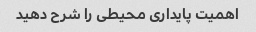
اهمیت پایداری محیطی را شرح دهید